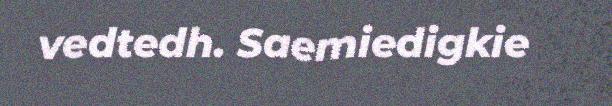
vedtedh. Saemiedigkie